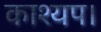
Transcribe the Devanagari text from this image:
काश्यप।